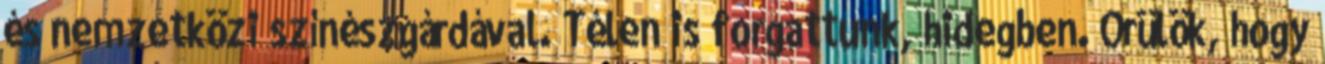
és nemzetközi színészgárdával. Télen is forgattunk, hidegben. Örülök, hogy